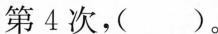
第4次，()。